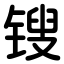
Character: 锼